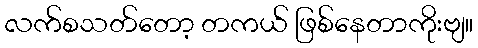
လက်စသတ်တော့ တကယ် ဖြစ်နေတာကိုးဗျ။